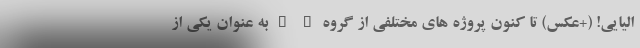
الیایی! (+عکس) تا کنون پروژه های مختلفی از گروه " " به عنوان یکی از